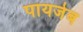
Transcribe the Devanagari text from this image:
पायजेब